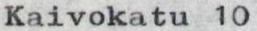
Kaivokatu 10